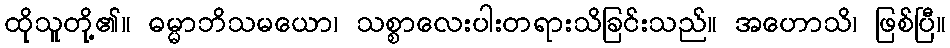
ထိုသူတို့၏။ ဓမ္မာဘိသမယော၊ သစ္စာလေးပါးတရားသိခြင်းသည်။ အဟောသိ၊ ဖြစ်ပြီ။